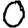
Digit: 0